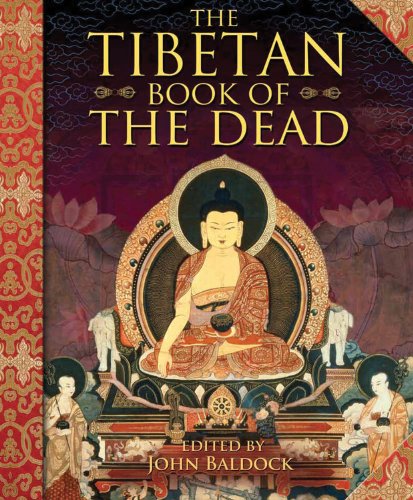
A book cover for The Tibetan Book of the Dead; Religion & Spirituality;